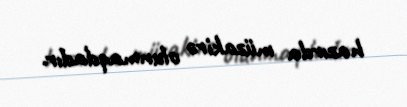
hazırda müzakirə olunmaqdadır.